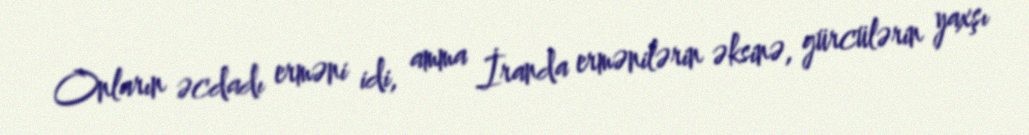
Onların əcdadı erməni idi, amma İranda ermənilərin əksinə, gürcülərin yaxşı